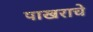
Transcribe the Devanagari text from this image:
पाखराचे